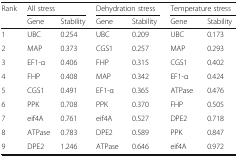
<table><thead><tr><td rowspan="2"><b>Rank</b></td><td colspan="2"><b>All stress</b></td><td colspan="2"><b>Dehydration stress</b></td><td colspan="2"><b>Temperature stress</b></td></tr><tr><td><b>Gene</b></td><td><b>Stability</b></td><td><b>Gene</b></td><td><b>Stability</b></td><td><b>Gene</b></td><td><b>Stability</b></td></tr></thead><tbody><tr><td>1</td><td>UBC</td><td>0.254</td><td>UBC</td><td>0.209</td><td>UBC</td><td>0.173</td></tr><tr><td>2</td><td>MAP</td><td>0.373</td><td>CGS1</td><td>0.257</td><td>MAP</td><td>0.293</td></tr><tr><td>3</td><td>EF1-α</td><td>0.406</td><td>FHP</td><td>0.315</td><td>CGS1</td><td>0.402</td></tr><tr><td>4</td><td>FHP</td><td>0.408</td><td>MAP</td><td>0.342</td><td>EF1-α</td><td>0.424</td></tr><tr><td>5</td><td>CGS1</td><td>0.491</td><td>EF1-α</td><td>0.365</td><td>ATPase</td><td>0.476</td></tr><tr><td>6</td><td>PPK</td><td>0.708</td><td>PPK</td><td>0.370</td><td>FHP</td><td>0.505</td></tr><tr><td>7</td><td>eif4A</td><td>0.761</td><td>eif4A</td><td>0.527</td><td>DPE2</td><td>0.718</td></tr><tr><td>8</td><td>ATPase</td><td>0.783</td><td>DPE2</td><td>0.589</td><td>PPK</td><td>0.847</td></tr><tr><td>9</td><td>DPE2</td><td>1.246</td><td>ATPase</td><td>0.646</td><td>eif4A</td><td>0.972</td></tr></tbody></table>